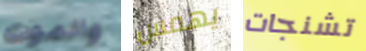
والموت يهمس تشنجات